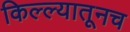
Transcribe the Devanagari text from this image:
किल्ल्यातूनच